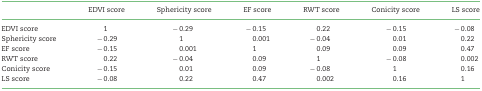
|  | EDVI score | Sphericity score | EF score | RWT score | Conicity score | LS score |
 | --- | --- | --- | --- | --- | --- | --- |
 | EDVI score | 1 | −0.29 | −0.15 | 0.22 | −0.15 | −0.08 |
 | Sphericity score | −0.29 | 1 | 0.001 | −0.04 | 0.01 | 0.22 |
 | EF score | −0.15 | 0.001 | 1 | 0.09 | 0.09 | 0.47 |
 | RWT score | 0.22 | −0.04 | 0.09 | 1 | −0.08 | 0.002 |
 | Conicity score | −0.15 | 0.01 | 0.09 | −0.08 | 1 | 0.16 |
 | LS score | −0.08 | 0.22 | 0.47 | 0.002 | 0.16 | 1 |